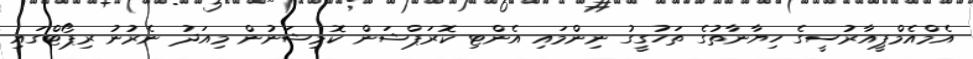
އެމްއެމްޕީއާރުސީގެ ހިޔާނާތުގެ ތަހުގީގު ނިންމައި އެންޓި ކޮރަޕްޝަން ކޮމިޝަނުން މިއަދު ނެރުނު ރިޕޯޓްގައި